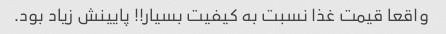
واقعا قیمت غذا نسبت به کیفیت بسیار!! پایینش زیاد بود.